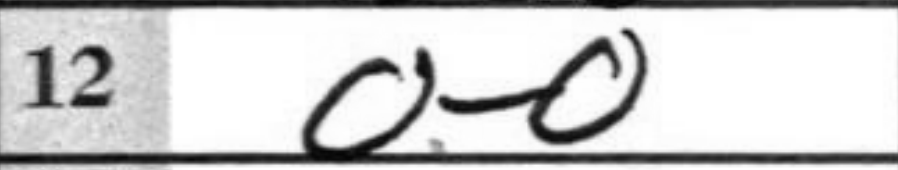
Transcription: O-O